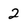
Character: 2